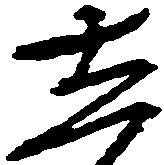
し